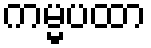
ကမ္မပထာ